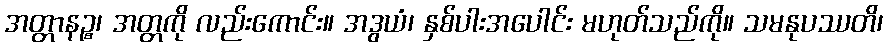
အတ္တာနဉ္စ၊ အတ္တကို လည်းကောင်း။ အဒွယံ၊ နှစ်ပါးအပေါင်း မဟုတ်သည်ကို။ သမနုပဿတိ၊